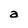
Character: a